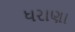
ધરાણા